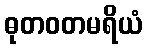
ဓုတဝတမရိယံ